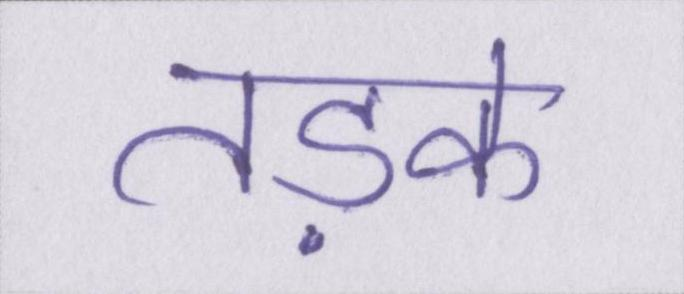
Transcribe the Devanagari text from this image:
तड़के